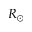
R _ { \odot }